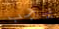
يجب